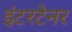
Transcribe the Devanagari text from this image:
इंटरटेनर